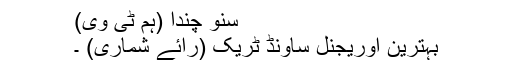
سنو چندا (ہم ٹی وی)
بہترین اوریجنل ساؤنڈ ٹریک (رائے شماری) ۔